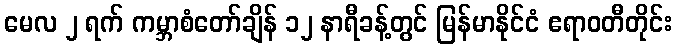
မေလ ၂ ရက် ကမ္ဘာစံတော်ချိန် ၁၂ နာရီခန့်တွင် မြန်မာနိုင်ငံ ဧရာဝတီတိုင်း